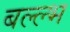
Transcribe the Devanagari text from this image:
बल्ल्भ